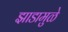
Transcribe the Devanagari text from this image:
झाडामुळे